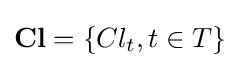
{\textbf {Cl}}=\{Cl_{t},t\in T\}